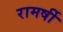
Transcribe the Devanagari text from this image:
रामर्षी